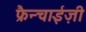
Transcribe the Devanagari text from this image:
फ्रैन्चाईज़ी